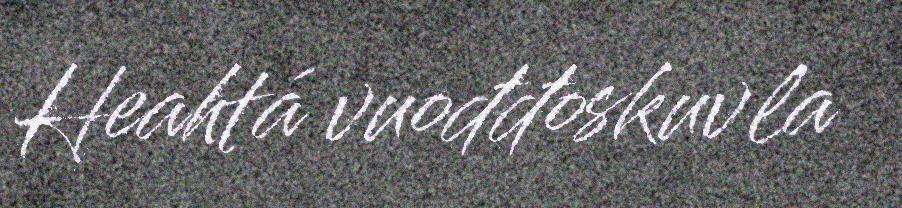
Heahtá vuođđoskuvla